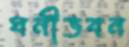
ঘনীভবন